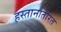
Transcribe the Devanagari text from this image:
हस्तानातरित